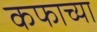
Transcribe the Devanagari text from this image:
कफाच्या